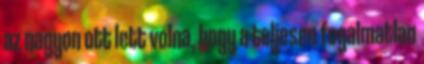
az nagyon ott lett volna, hogy a teljesen fogalmatlan